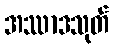
အဿာဒသုတ်